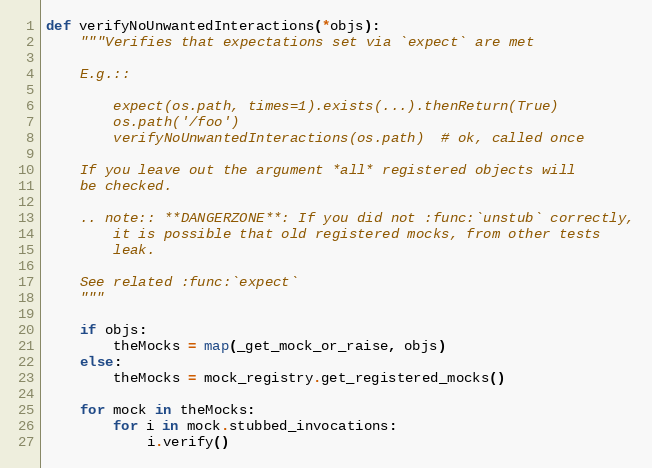
Language: Python
def verifyNoUnwantedInteractions(*objs):
    """Verifies that expectations set via `expect` are met

    E.g.::

        expect(os.path, times=1).exists(...).thenReturn(True)
        os.path('/foo')
        verifyNoUnwantedInteractions(os.path)  # ok, called once

    If you leave out the argument *all* registered objects will
    be checked.

    .. note:: **DANGERZONE**: If you did not :func:`unstub` correctly,
        it is possible that old registered mocks, from other tests
        leak.

    See related :func:`expect`
    """

    if objs:
        theMocks = map(_get_mock_or_raise, objs)
    else:
        theMocks = mock_registry.get_registered_mocks()

    for mock in theMocks:
        for i in mock.stubbed_invocations:
            i.verify()